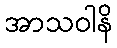
အာသဝါနိ